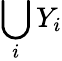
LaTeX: \bigcup_{i}Y_{i}